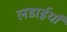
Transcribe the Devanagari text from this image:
लडाईयाँ